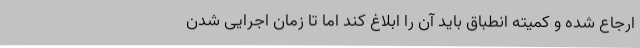
ارجاع شده و کمیته انطباق باید آن را ابلاغ کند اما تا زمان اجرایی شدن